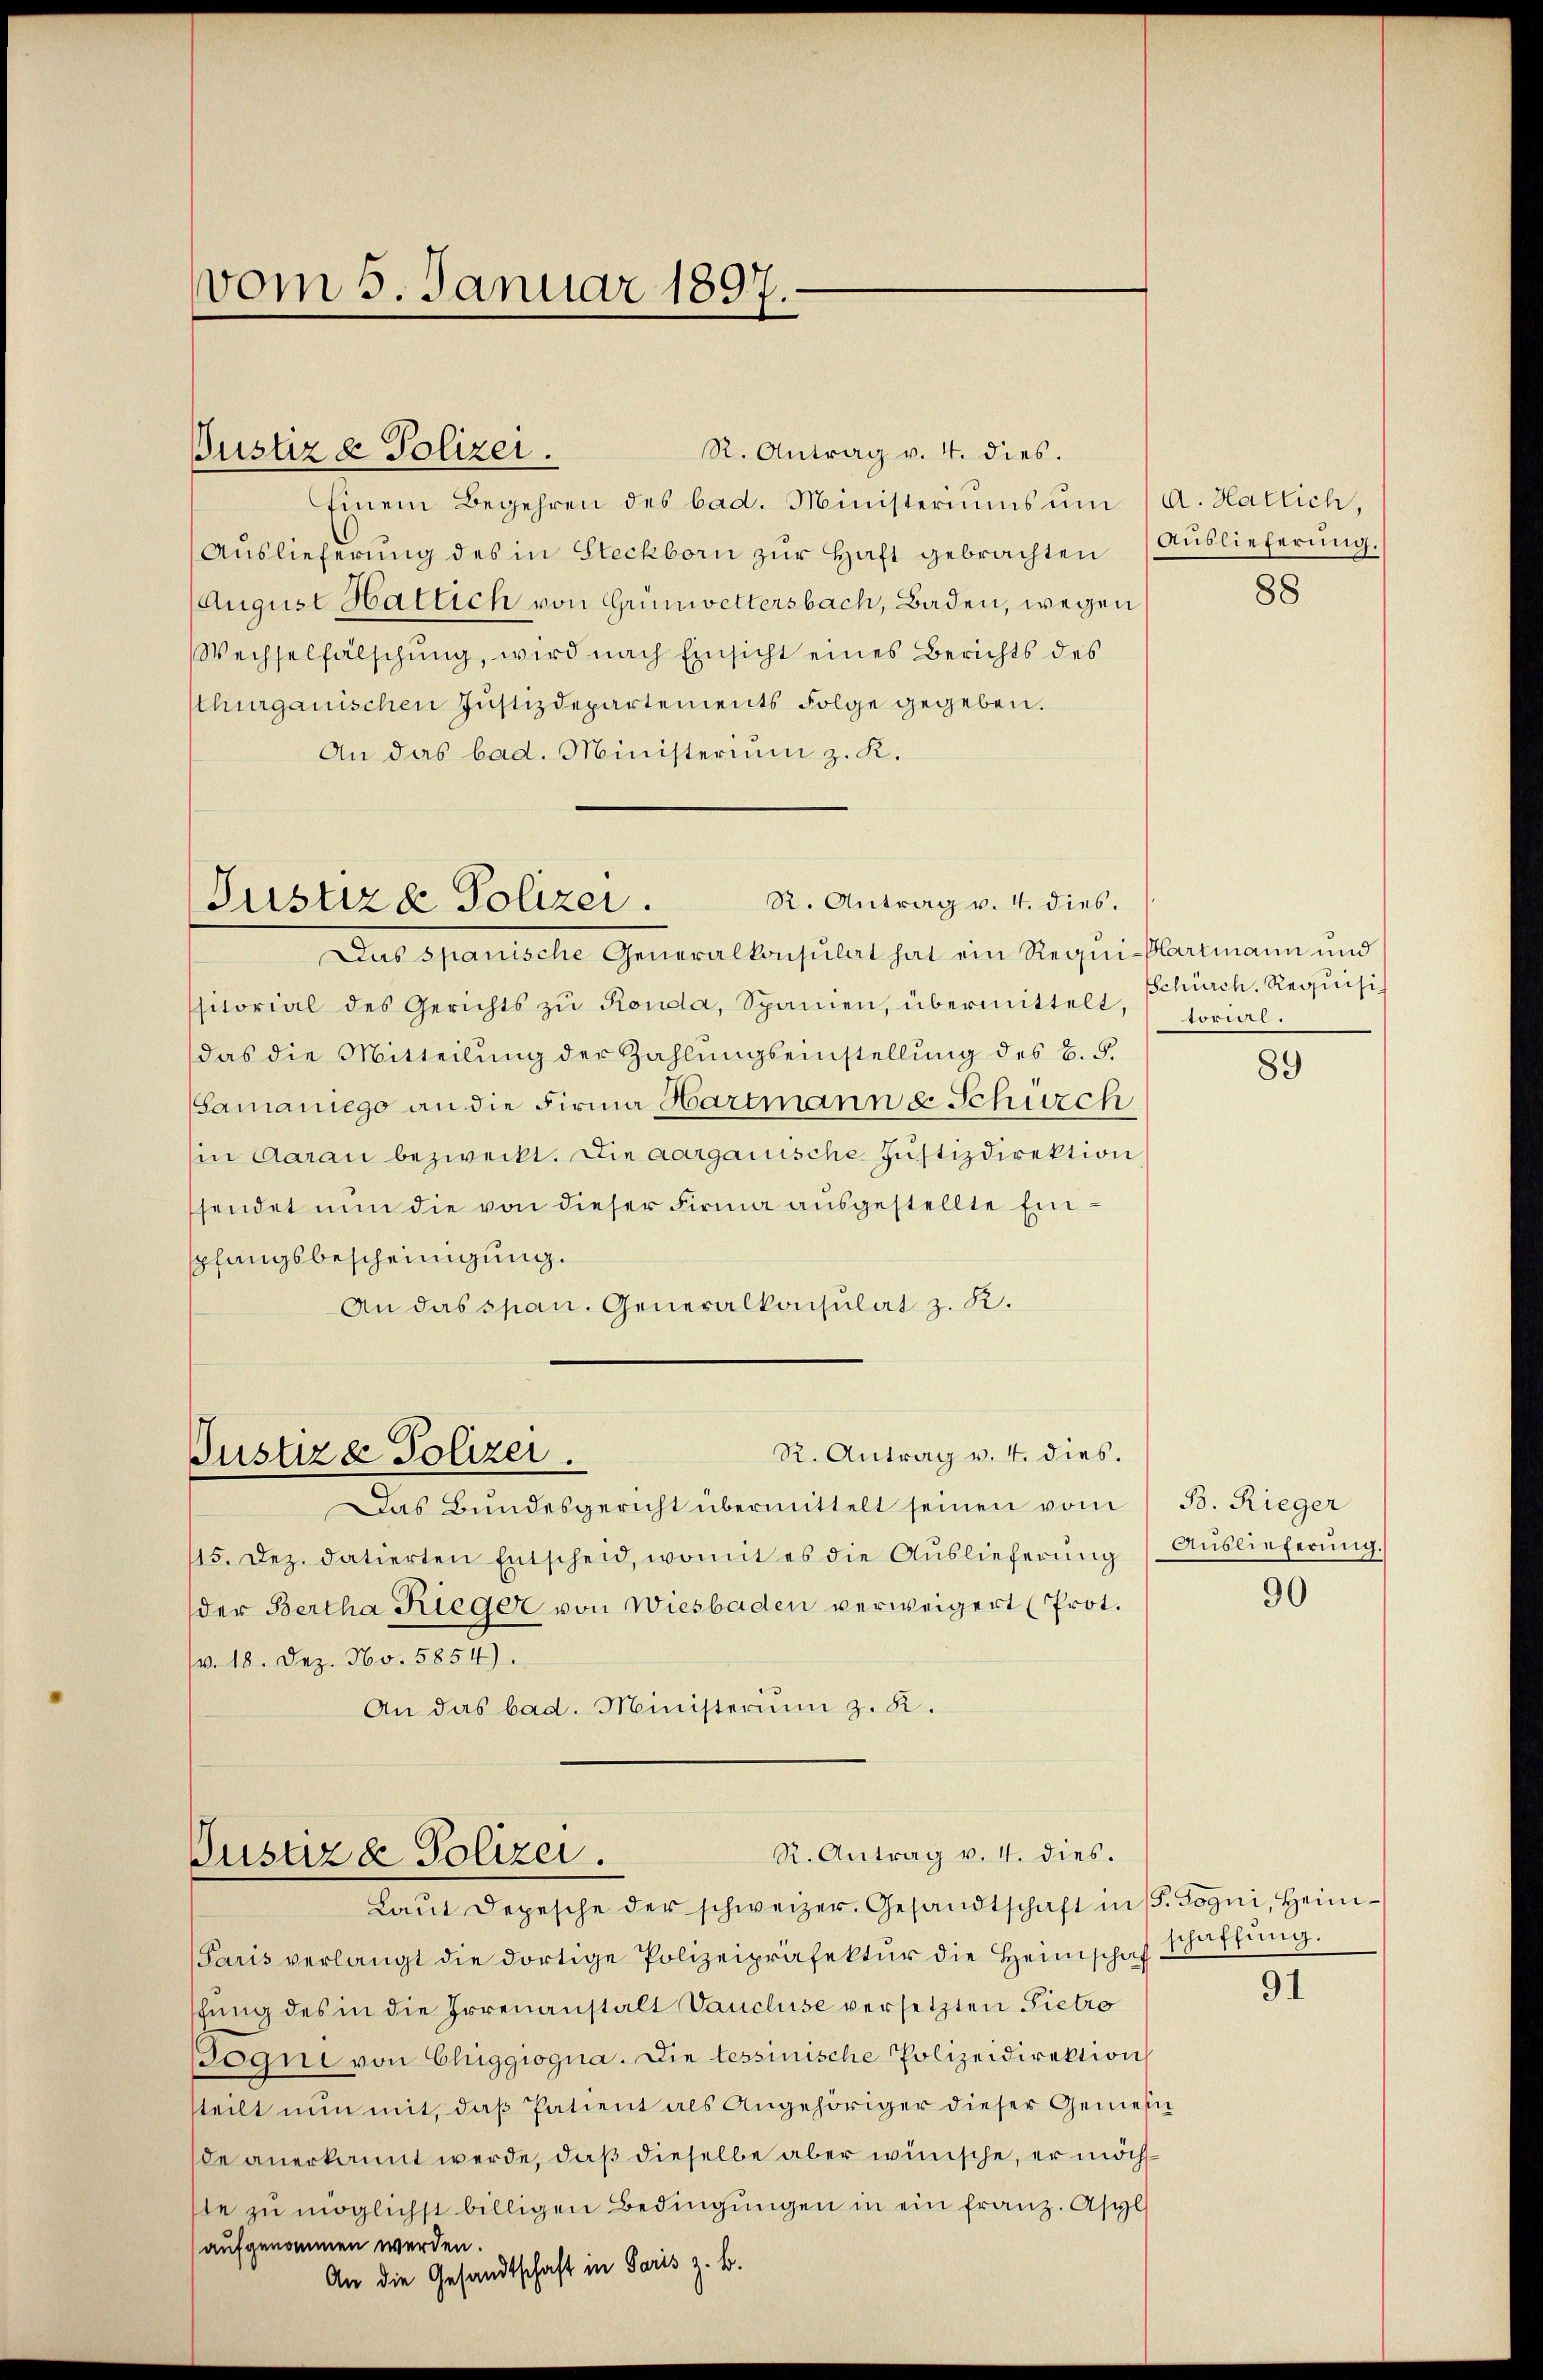
R. Antrag v. 4. dies.
Einem Begehren des bad. Ministeriums ŭm
Auslieferung des in Steckborn zŭr Haft gebrachten Auslieferung.
August Hatlich von Grünwettersbach, Baden, wegen
Wechselfälschung, wird nach Einsicht eines Berichts des
thurgauischen Justizdepartements Folge gegeben.
An das bad. Ministerium z. K.

Das spanische Generalkonsulat hat ein Requi-Hartmann und
sitorial des Gerichts zŭ Ronda, Spanien, übermittelt, torial.
das die Mitteilung der Zahlungseinstellung des B. 5.
Samaniego an die Firma Hartmann u. Schürch
sin Aarau bezweckt. Die aargauische Justizdirektion
sendet nun die von dieser Firma ausgestellte Einpfangsbescheinigung.
An das span. Generalkonsulat z. R.

vom 5. Januar 1897

Justiz & Polizei.

R. Antrag v. 4. dies.
Pustiz & Polizei.

Das Bundesgericht übermittelt seinen vom
115. Dez. datierten Entscheid, womit es die Auslieferung
der Bertha Rieger von Wiesbaden verweigert (Prot.
(v. 18. Dez. No. 5854).
An das bad. Ministerium z. R.

Pustiza Polizei.

R. Antrag v. 4. dies.

R. Antrag v. 4. dies.
Gustiz & Polizei.
Laŭt Depesche der schweizer. Gesandtschaft in (S. Sogni, Heim¬

Paris verlangt die dortige Polizeipräfektur die Heimschaf schaftung.
fung des in die Irrenanstalt Vaucluse versetzten Pietro
Pogni von Chiggiogna. Die tessinische Polizeidirektion
steilt nun mit, daß Patient als Angehöriger dieser Gemeinde anerkannt werde, daß dieselbe aber wünsche, er möchte zŭ möglichst billigen Bedingŭngen in ein franz. Asyl
aufgenommen werden.
An die Gesandtschaft in Paris z. B.

a. Hatlich,
88

Schürch. Requisi

89

B. Rieger
Auslieferung.
90

91